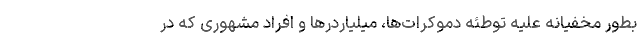
بطور مخفیانه علیه توطئه دموکرات‌ها، میلیاردرها و افراد مشهوری که در